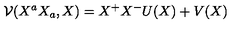
\mathcal { V } ( X ^ { a } X _ { a } , X ) = X ^ { + } X ^ { - } U ( X ) + V ( X )